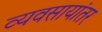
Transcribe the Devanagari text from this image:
व्यवसायांतर